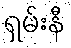
ရှမ်းနီ